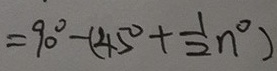
= 9 0 ^ { \circ } - ( 4 5 ^ { \circ } + \frac { 1 } { 2 } n ^ { \circ } )